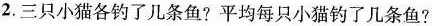
2.三只小猫各钓了一几条鱼?平均每只小猫钓子几条鱼？